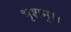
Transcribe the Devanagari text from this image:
भृशम्।।